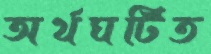
অর্থঘটিত